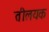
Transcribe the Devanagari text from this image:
तीलयक